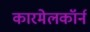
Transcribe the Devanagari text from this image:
कारमेलकॉर्न